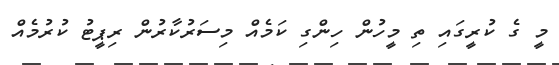
މީ ގެ ކުރީގައި ތި މީހުން ހިންގި ކަމެއް މިސަރުކާރުން ރިޕީޓު ކުރުމެއް